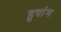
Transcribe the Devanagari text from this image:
हुवांग